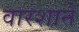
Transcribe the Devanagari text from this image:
वारशाने